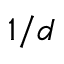
1 / d